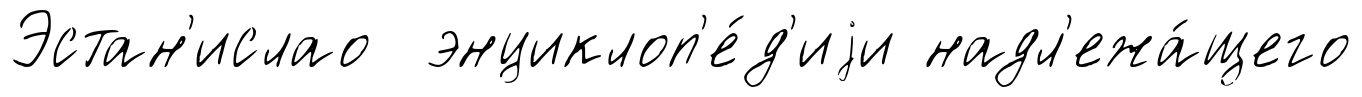
Эстан'ислао энциклоп'е́д'иjи надл'ежа́щего